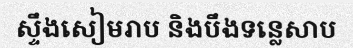
ស្ទឹងសៀមរាប និងបឹងទន្លេសាប